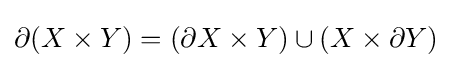
\partial (X\times Y)=(\partial X\times Y)\cup (X\times \partial Y)